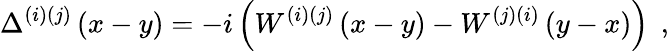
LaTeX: \Delta^{(i)(j)}\left(x-y\right)=-i\left(W^{(i)(j)}\left(x-y\right)-W^{(j)(i)}\left(y-x\right)\right)\; \, ,